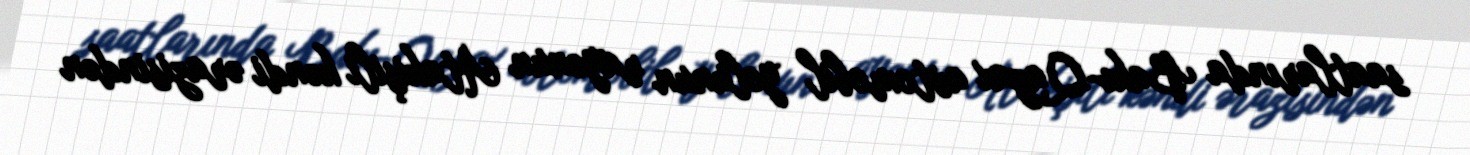
saatlarında Bakı-Qazax avtomobil yolunun rayonun Atakişili kəndi ərazisindən